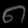
Digit: ၈